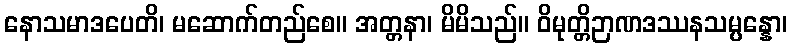
နောသမာဒပေတိ၊ မဆောက်တည်စေ။ အတ္တနာ၊ မိမိသည်။ ဝိမုတ္တိဉာဏဒဿနသမ္ပန္နော၊